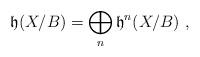
LaTeX: \begin{align*}\mathfrak{h}(X/B) = \bigoplus_n \mathfrak{h}^n(X/B)\ ,\end{align*}